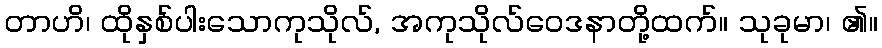
တာဟိ၊ ထိုနှစ်ပါးသောကုသိုလ်, အကုသိုလ်ဝေဒနာတို့ထက်။ သုခုမာ၊ ၏။